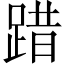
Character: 踖